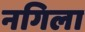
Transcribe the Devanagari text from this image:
नगिला